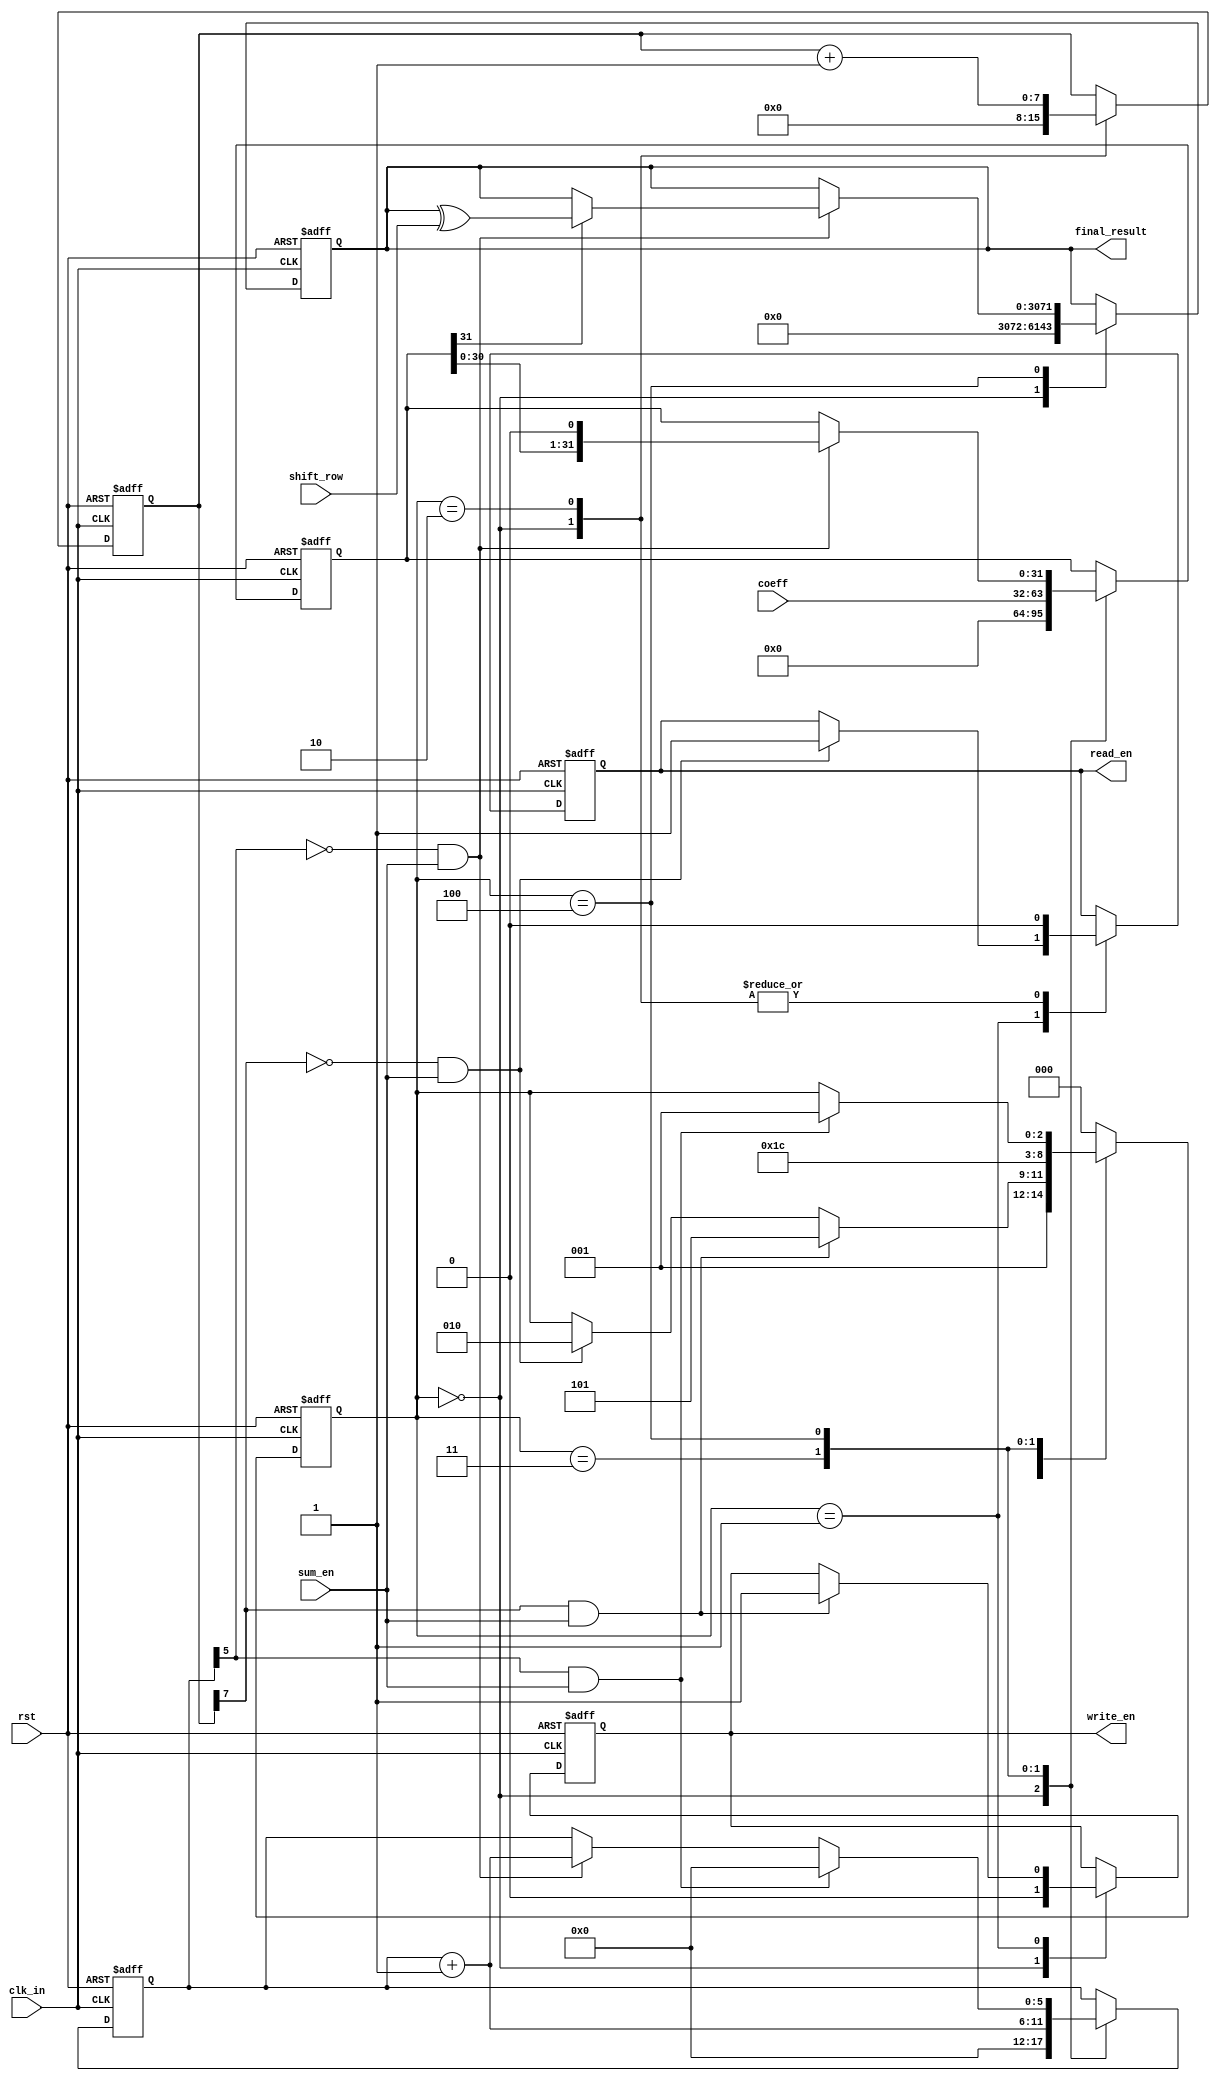
`timescale 1ns / 1ps
//////////////////////////////////////////////////////////////////////////////////
// Company: 
// Engineer: 
// 
// Design Name: 
// Module Name: sum_row
// Project Name: 
// Target Devices: 
// Tool Versions: 
// Description: 
// 
// Dependencies: 
// 
// Revision:
// Revision 0.01 - File Created
// Additional Comments:
// 
//////////////////////////////////////////////////////////////////////////////////


module sum_row(
	input clk_in,
	input rst,
	input [3071:0] shift_row,
	input sum_en,
	input [31:0] coeff,
	output [3071:0] final_result,
	output read_en,
	output write_en
    );
	
	reg [31:0] coeff_in;
	reg [3071:0] result_out;
	assign final_result = result_out;
	reg write_en_out;
	assign write_en = write_en_out; 
	reg read_en_out;
	assign read_en = read_en_out;
	reg [7:0] counter;
	wire flag;
	assign flag = counter[7];
	reg [5:0] read_counter;
	wire read_flag;
	assign read_flag = read_counter[5];
	reg [2:0] state;
	parameter IDLE = 3'b000;
	parameter PRE = 3'b001;
	parameter PLUS = 3'b010;
	parameter GET = 3'b011;
	parameter COM = 3'b100;
	parameter OUT = 3'b101;
	
	initial
		begin
			coeff_in = 32'b0;
			state = IDLE;
			result_out = 3072'b0;
			write_en_out = 0;
			read_en_out = 0;
			counter = 8'b0;
			read_counter = 6'b000000;
		end
	
	always@(posedge clk_in or posedge rst )
		begin
			if(rst)
				begin
					coeff_in <= 32'b0;
					state <= IDLE;
					result_out <= 3072'b0;
					write_en_out <= 0;
					read_en_out <= 0;
					counter <= 8'b0;
					read_counter <= 6'b000000;
				end
			else
				begin
					case(state)
					IDLE:
						begin
							coeff_in <= 32'b0; 
							state <= PRE;
							write_en_out <= 0;
							read_en_out <= 0;
							counter <= 8'b0;
							//addr_out <= 7'b0000000;
							read_counter <= 6'b000000;
							result_out <= 3072'b0;
							$display("dsdssssssssssssssssssssssssssssssssssssssss");
						end
					PRE:
						begin
							if(!flag&sum_en)
								begin
									state <= PLUS;
									read_en_out <= 1;
									$display("dsdssssssssssssssssssssssssssssssssssssssss");
								end
							if(flag&sum_en)
								begin
									state <= OUT;
									write_en_out <= 1;
								end
						end
					PLUS:
						begin
							state <= GET;
							counter <= counter + 1;
							read_en_out <= 0;
						end
					GET:
						begin
							state <= COM;
							coeff_in <= coeff;
							read_counter <= read_counter + 1;
						end
					COM:
						begin
							if(!read_flag&sum_en)
								begin
									read_counter <= read_counter + 1;
									if(coeff_in[31])
										result_out <= result_out^shift_row;
									coeff_in <= coeff_in << 1;
								end
							if(read_flag&sum_en)
								begin
									state <= PRE;
									read_counter <= 6'b000000;
								end
						end
					OUT:
						begin
							state <= IDLE;
						end
					default:
						begin
							state <= IDLE;
						end
					endcase
				end
		end
endmodule